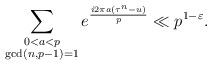
LaTeX: \begin{align*}\sum_{\substack{0< a< p\\\gcd(n,p-1)=1}}e^{\frac{i2\pi a(\tau^{n}-u)}{p}}\ll p^{1-\varepsilon}.\end{align*}